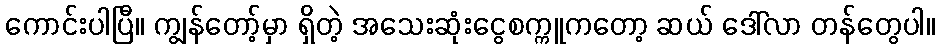
ကောင်းပါပြီ။ ကျွန်တော့်မှာ ရှိတဲ့ အသေးဆုံးငွေစက္ကူကတော့ ဆယ် ဒေါ်လာ တန်တွေပါ။